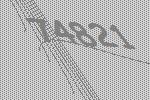
74821